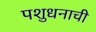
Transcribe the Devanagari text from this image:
पशुधनाची